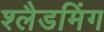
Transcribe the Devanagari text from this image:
श्लैडमिंग